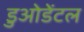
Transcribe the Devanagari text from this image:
डुओडेंटल